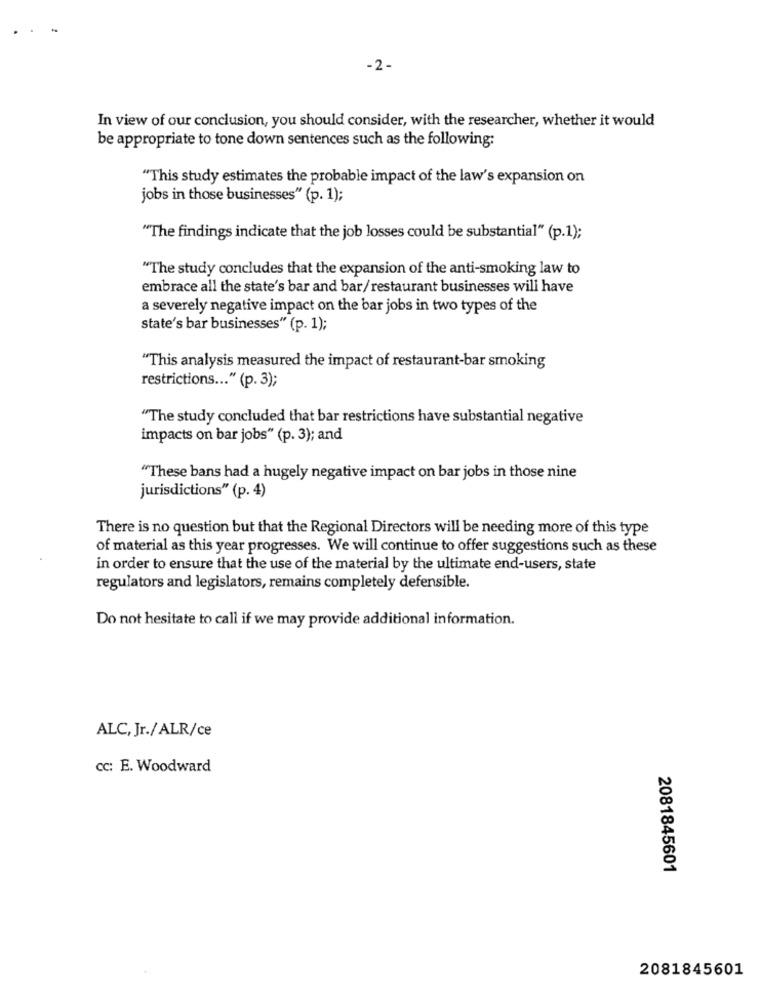
-2 -
In view of our conclusion, you should consider, with the researcher, whether it would
be appropriate to tone down sentences such as the following:
"This study estimates the probable impact of the law's expansion on
jobs in those businesses" (p. 1);
"The findings indicate that the job losses could be substantial" (p.1);
"The study concludes that the expansion of the anti-smoking law to
embrace all the state's bar and bar/restaurant businesses will have
a severely negative impact on the bar jobs in two types of the
state's bar businesses" (p. 1);
"This analysis measured the impact of restaurant-bar smoking
restrictions ... " (p. 3);
"The study concluded that bar restrictions have substantial negative
impacts on bar jobs" (p. 3); and
"These bans had a hugely negative impact on bar jobs in those nine
jurisdictions" (p. 4)
There is no question but that the Regional Directors will be needing more of this type
of material as this year progresses. We will continue to offer suggestions such as these
in order to ensure that the use of the material by the ultimate end-users, state
regulators and legislators, remains completely defensible.
Do not hesitate to call if we may provide additional information.
ALC, Jr./ALR/ce
cc: E. Woodward
2081845601
2081845601